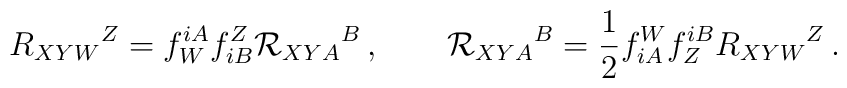
R_{XYW}{}^Z = f_W^{iA}f^Z_{iB}{\cal R}_{XYA} {}^B\,,\qquad {\cal R}_{XYA} {}^B = \frac 12 f^W_{iA}f_Z^{iB} R_{XYW}{}^Z\,.